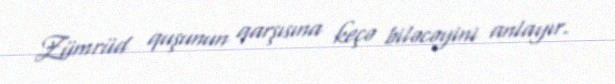
Zümrüd quşunun qarşısına keçə biləcəyini anlayır.